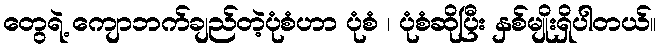
တွေရဲ့ ကျောဘက်ချည်တဲ့ပုံစံဟာ ပုံစံ ၊ ပုံစံဆိုပြီး နှစ်မျိုးရှိပါတယ်။